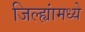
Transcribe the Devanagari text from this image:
जिल्ह्यांंमध्ये